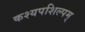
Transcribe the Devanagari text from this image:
कश्यपशिल्पम्